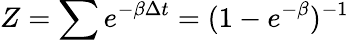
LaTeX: Z=\sum e^{-\beta\Delta t}=(1-e^{-\beta})^{-1}